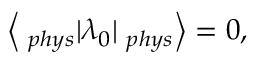
{ \bf \Big < } { \bf \Psi } _ { p h y s } | \lambda _ { 0 } | { \bf \Phi } _ { p h y s } { \bf \Big > } = 0 ,